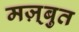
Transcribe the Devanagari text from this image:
मज़्बुत